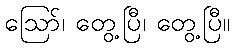
ဪ၊ တွေ့ပြီ၊ တွေ့ပြီ။